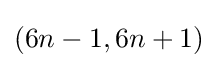
(6n-1,6n+1)